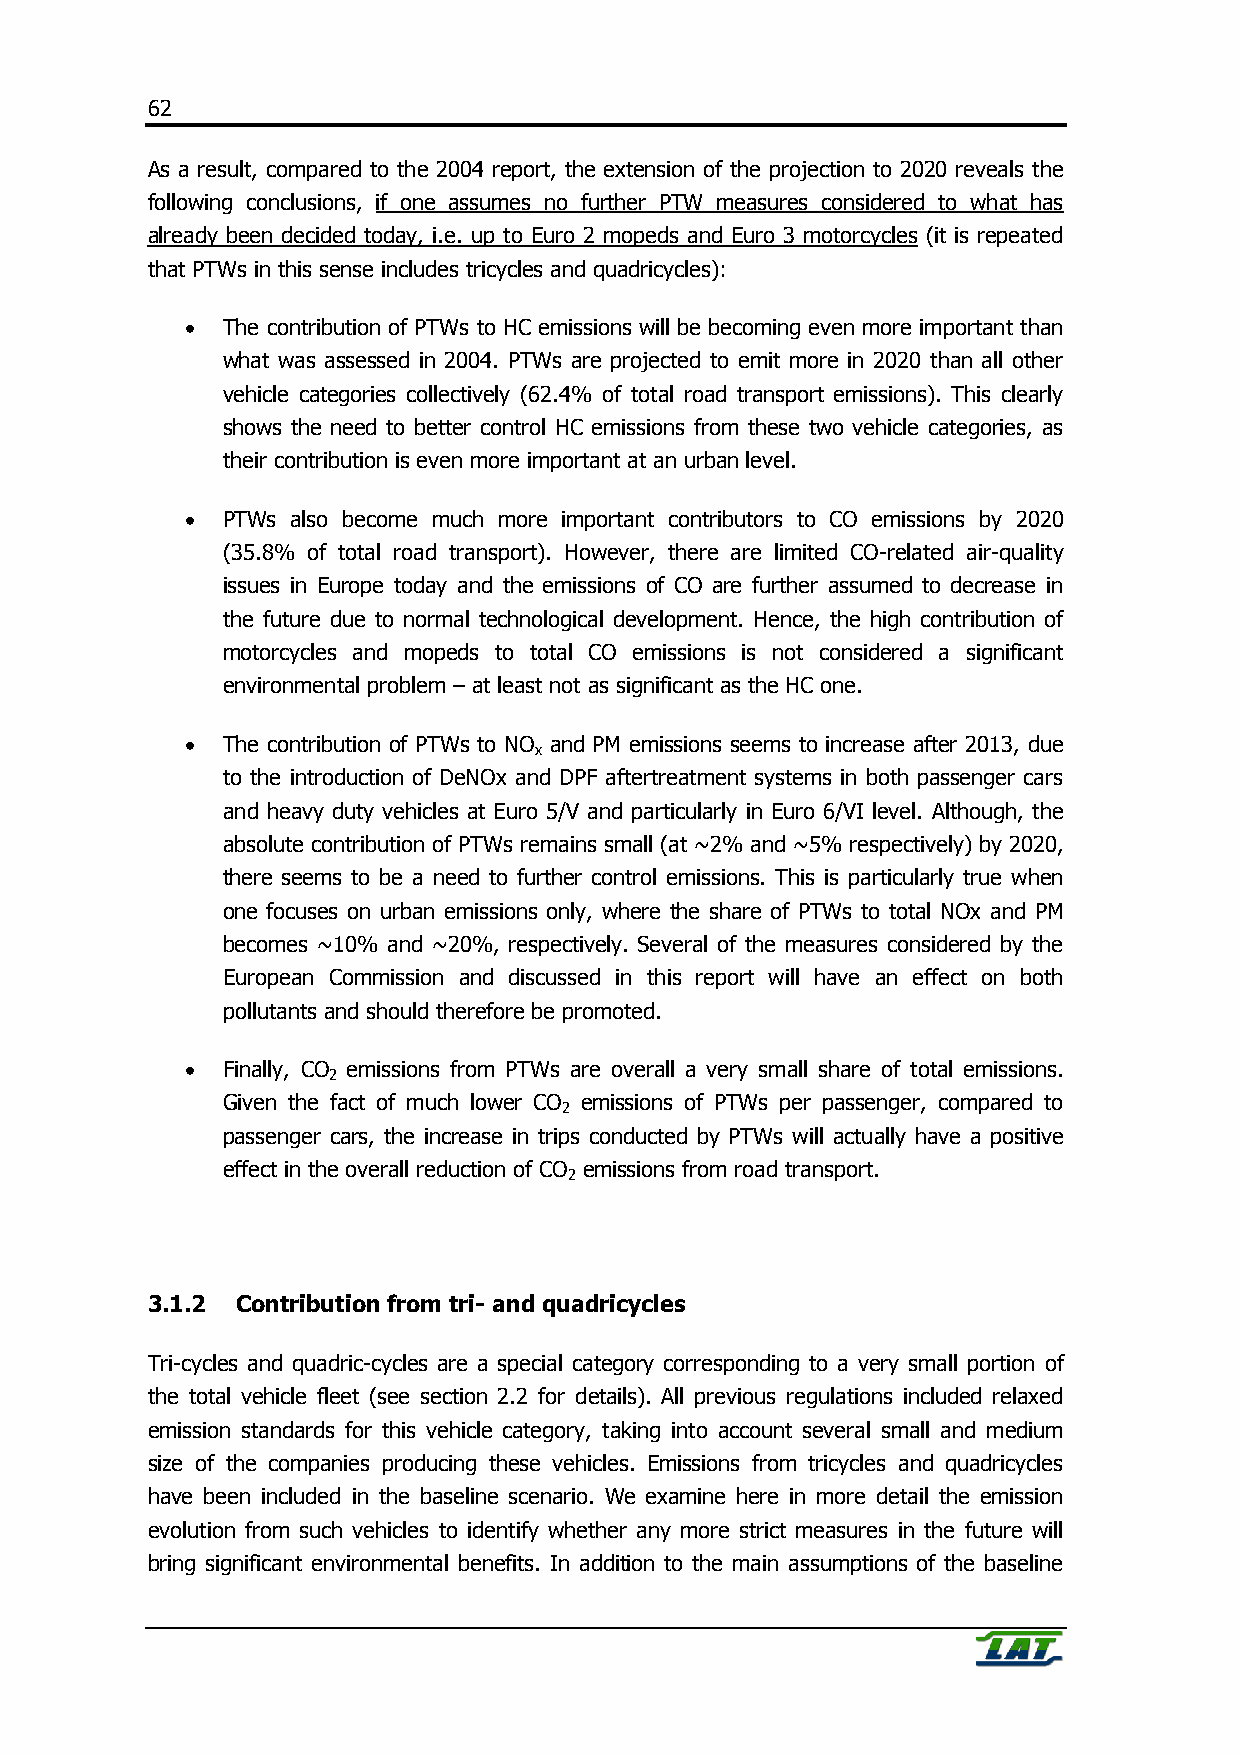
62
 As a result, compared to the 2004 report, the extension of the projection to 2020 reveals the
 following conclusions, if one assumes no further PTW measures considered to what has
 already been decided today, i.e. up to Euro 2 mopeds and Euro 3 motorcycles (it is repeated
 that PTWs in this sense includes tricycles and quadricycles):
 •  The contribution of PTWs to HC emissions will be becoming even more important than
 what was assessed in 2004. PTWs are projected to emit more in 2020 than all other
 vehicle categories collectively (62.4% of total road transport emissions). This clearly
 shows the need to better control HC emissions from these two vehicle categories, as
 their contribution is even more important at an urban level.
 •  PTWs also become much more important contributors to CO emissions by 2020
 (35.8% of total road transport). However, there are limited CO-related air-quality
 issues in Europe today and the emissions of CO are further assumed to decrease in
 the future due to normal technological development. Hence, the high contribution of
 motorcycles and mopeds to total CO emissions is not considered a significant
 environmental problem – at least not as significant as the HC one.
 •  The contribution of PTWs to NO and PM emissions seems to increase after 2013, due
 x
 to the introduction of DeNOx and DPF aftertreatment systems in both passenger cars
 and heavy duty vehicles at Euro 5/V and particularly in Euro 6/VI level. Although, the
 absolute contribution of PTWs remains small (at ~2% and ~5% respectively) by 2020,
 there seems to be a need to further control emissions. This is particularly true when
 one focuses on urban emissions only, where the share of PTWs to total NOx and PM
 becomes ~10% and ~20%, respectively. Several of the measures considered by the
 European Commission and discussed in this report will have an effect on both
 pollutants and should therefore be promoted.
 •  Finally, CO emissions from PTWs are overall a very small share of total emissions.
 2
 Given the fact of much lower CO emissions of PTWs per passenger, compared to
 2
 passenger cars, the increase in trips conducted by PTWs will actually have a positive
 effect in the overall reduction of CO emissions from road transport.
 2
 3.1.2 Contribution from tri- and quadricycles
 Tri-cycles and quadric-cycles are a special category corresponding to a very small portion of
 the total vehicle fleet (see section 2.2 for details). All previous regulations included relaxed
 emission standards for this vehicle category, taking into account several small and medium
 size of the companies producing these vehicles. Emissions from tricycles and quadricycles
 have been included in the baseline scenario. We examine here in more detail the emission
 evolution from such vehicles to identify whether any more strict measures in the future will
 bring significant environmental benefits. In addition to the main assumptions of the baseline